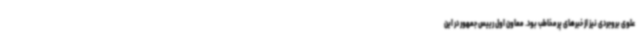
علوی بروجردی نیز از خبرهای پرمخاطب بود. معاون اول رییس جمهور در این